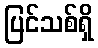
ပြင်သစ်ရှိ